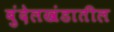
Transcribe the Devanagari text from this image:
बुंदेलखंडातील